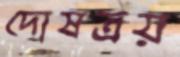
দোষত্রয়